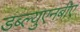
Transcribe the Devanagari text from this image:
डब्ल्युएनबीए